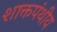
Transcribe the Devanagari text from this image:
शाक्तपंथीय